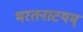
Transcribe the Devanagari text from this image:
भरतनाटयम्